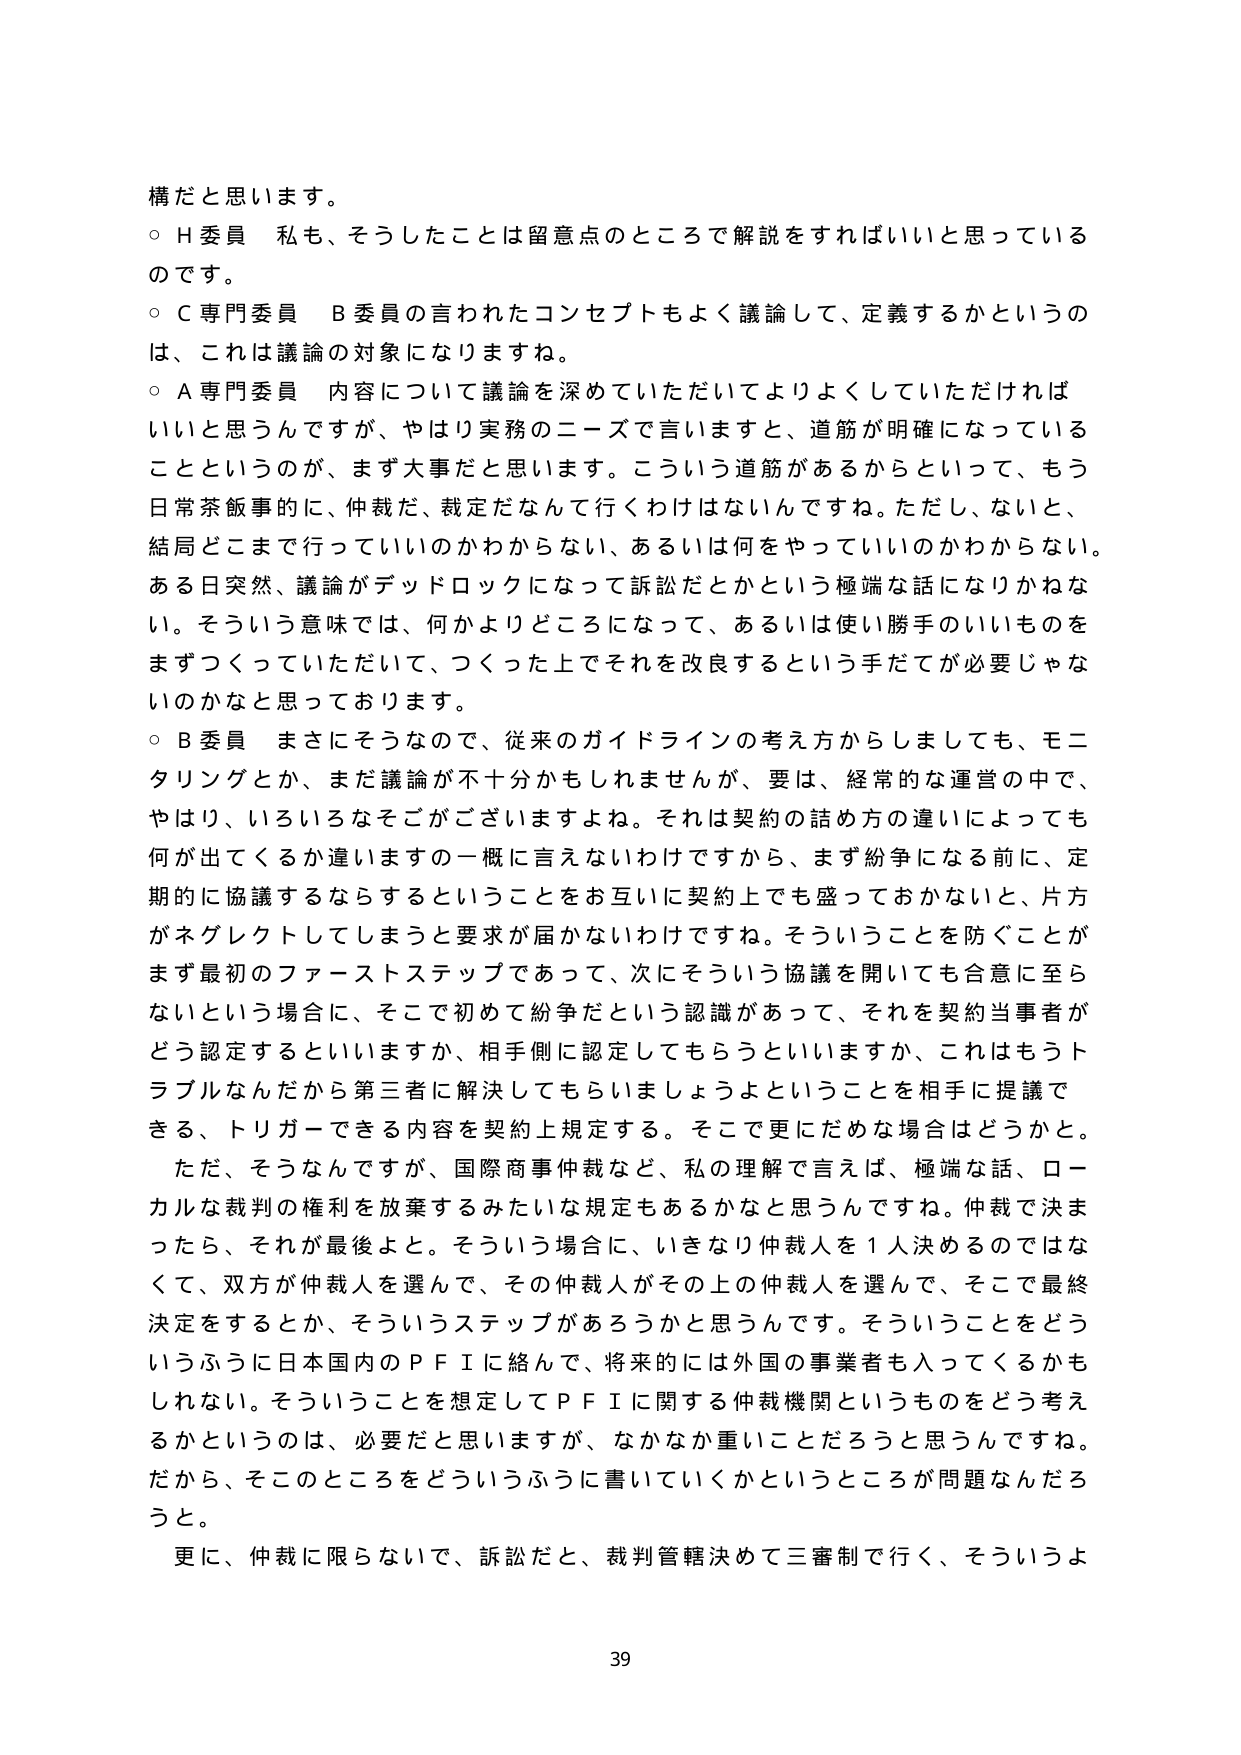
構だと思います。
○ H委員 私も、そうしたことは留意点のところで解説をすればいいと思っている
のです。
○ C専門委員 B委員の言われたコンセプトもよく議論して、定義するかというの
は、これは議論の対象になりますね。
○ A専門委員 内容について議論を深めていただいてよりよくしていただければ
いいと思うんですが、やはり実務のニーズで言いますと、道筋が明確になっている
ことというのが、まず大事だと思います。こういう道筋があるからといって、もう
日常茶飯事的に、仲裁だ、裁定だなんて行くわけはないんですね。ただし、ないと、
結局どこまで行っていいのかわからない、あるいは何をやっていいのかわからない。
ある日突然、議論がデッドロックになって訴訟だとかという極端な話になりかねな
い。そういう意味では、何かよりどころになって、あるいは使い勝手のいいものを
まずつくっていただいて、つくった上でそれを改良するという手だてが必要じゃな
いのかなと思っております。
○ B委員 まさにそうなので、従来のガイドラインの考え方からしましても、モニ
タリングとか、まだ議論が不十分かもしれませんが、要は、経常的な運営の中で、
やはり、いろいろなそこがございますよね。それは契約の詰め方の違いによっても
何が出てくるか違いますの一概に言えないわけですから、まず紛争になる前に、定
期的に協議するならするということをお互いに契約上でも盛っておかないといけない
と、片方がネグレクトしてしまうと要求が届かないわけですね。そういうことを防ぐことが
まず最初のファーストステップであって、次にそういう協議を開いても合意に至ら
ないという場合に、そこで初めて紛争だという認識があって、それを契約当事者が
どう認定するといいですか、相手側に認定してもらうといいですか、これはもうト
ラブルなんだから第三者に解決してもらいましょうよということを相手に提議で
きる、トリガーできる内容を契約上規定する。そこで更にだめな場合はどうかと。
ただ、そうなんですが、国際商事仲裁など、私の理解で言えば、極端な話、ロー
カルな裁判の権利を放棄するみたいな規定もあるかなと思うんですね。仲裁で決ま
ったら、それが最後よと。そういう場合に、いきなり仲裁人を1人決めるのではな
くて、双方が仲裁人を選んで、その仲裁人がその上の仲裁人を選んで、そこで最終
決定をするとか、そういうステップがあるろうかと思うんです。そういうことをどう
いうふうに日本国内のＰＦＩに絡んで、将来的には外国の事業者も入ってくるかも
しれない。そういうことを想定してＰＦＩに関する仲裁機関というものをどう考え
るかというのは、必要だと思いますが、なかなか重いことだろうと思うんですね。
だから、そのところをどういうふうに書いていくかというところが問題なんだと
うと。
更に、仲裁に限らないで、訴訟だと、裁判管轄決めて三審制で行く、そういうよ
39